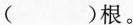
()根。